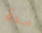
مدة